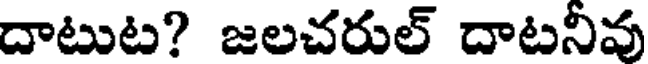
దాటుట? జలచరుల్ దాటనీవు